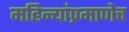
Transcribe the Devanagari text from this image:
महिन्यांप्रमाणेच